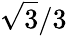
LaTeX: {\sqrt{3}}/3